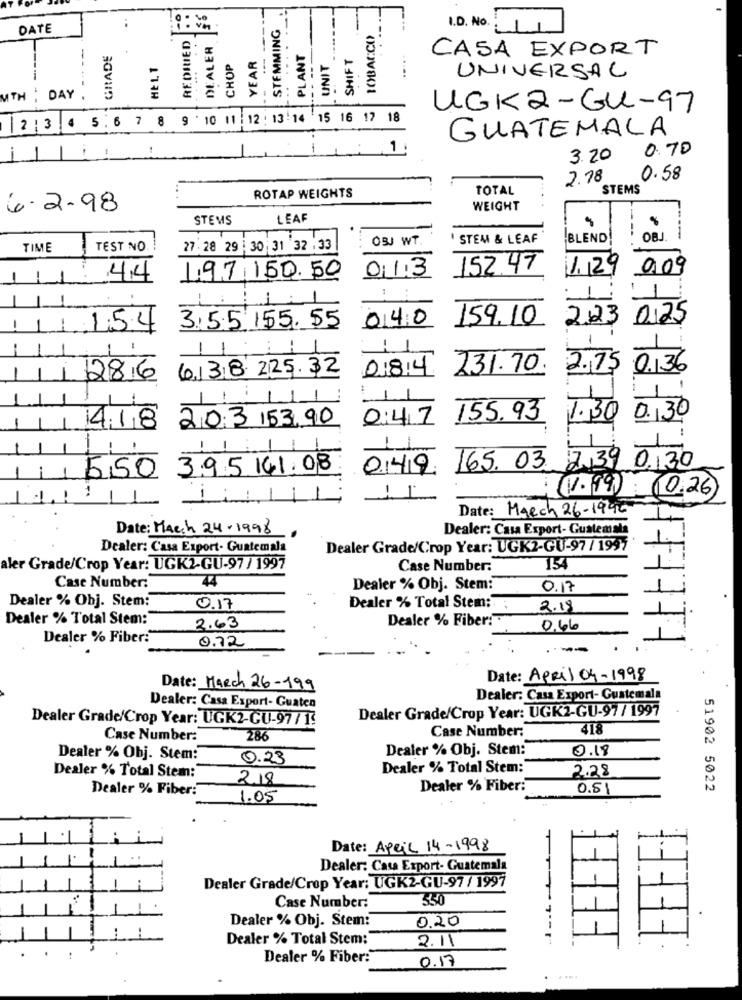
..
STEMMING
DATE
TOBACCO
I.D. No
REDILIED
DEALER
GRADE
.. ..
PLANT
SHIFT
CASA EXPORT
--
HE 1. 1
CHOP
YEAR
UNIT
UNIVERSAL
MTH
DAY
UGK2-GUL-97
| 2 3 4 5 6 7 8 9 10 11 12: 13:14 15 16 17 18
GUATEMALA
1
1
0.70
3.20
2.78
0.58
TOTAL
STEMS
ROTAP WEIGHTS
6.2.98
WEIGHT
STEMS
LEAF
OBJ WT.
STEM & LEAF
BLEND!
TIME
TEST NO.
27.28 29 : 30 31 32 :33
013
152.47
1.29
9.09
1
44
197 150.50
1
1
040
159.10
223
0,25
1.5.4
3.5.5 155.55
1
11
438 225.32
0184
231.70.
2.75
0.136
286
1
203 153,90
0:47
155.93
1.30 0.30
418
5,50
395 141.08
049
165. 03.
2 39 0.30
-.
1
(1. 99) (0.26)
Date: March 26-1945
Date: Macch 24-1998
Dealer: Casa Export- Guatemala
Dealer: Casa Export- Guatemala
Dealer Grade/Crop Year: UGK2-GU-97 / 1997
aler Grade/Crop Year: UGK2-GU-97/ 1997
Case Number:
154
Case Number:
44
Dealer % Obj. Stem:
0.17
Dealer % Obj. Stem:
0.17
Dealer % Total Stem:
2.18
Dealer % Total Stem:
Dealer % Fiber:
2.63
0.66
Dealer % Fiber:
0.72
Date: April 04-1998
Date: March 26-199
Dealer: Casa Export- Guatemala
Dealer: Casa Export- Guaten
Dealer Grade/Crop Year: UGK2-GU-97 / 1997
Dealer Grade/Crop Year: UGK2-CU-97/13
Case Number:
418
Case Number:
286
Dealer % Obj. Stem:
0.18
Dealer % Obj. Stem:
0.23
Dealer % Total Stem:
2.28
Dealer % Total Stem:
218
Dealer % Fiber:
Dealer % Fiber:
0.51
51902 5022
1.05
L
EFFET
Date: April 14-1998
Dealer: Casa Export- Guatemala
Dealer Grade/Crop Year: UGK2-GU-97/ 1997
550
Case Number:
Dealer % Obj. Stem:
0.20
Dealer % Total Stem:
2.11
Dealer % Fiber:
0.17